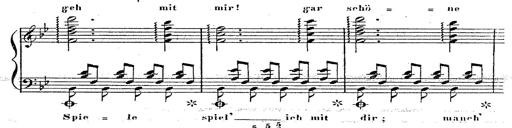
Title: 12 Lieder von Franz Schubert
Composer: Franz Liszt